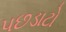
પછડાટો